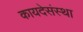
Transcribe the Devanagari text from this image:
कायदेसंस्था